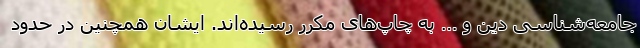
جامعه‌شناسی دین و … به چاپ‌های مکرر رسیده‌اند. ایشان همچنین در حدود